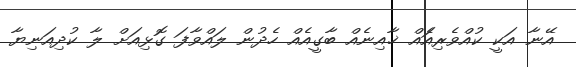
އޭނާ އަކީ ކުއްވެރިއެައް ޚާއިނެއް ބާގީއެއް ހެދުން ލައްވާފަ ގޮޅިއަށް ލާ ކުދިއަނިޔާ